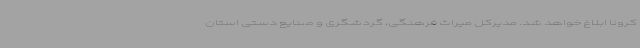
کرونا ابلاغ خواهد شد. مدیرکل میراث فرهنگی، گردشگری و صنایع دستی استان